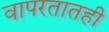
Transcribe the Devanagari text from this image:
वापरतातही